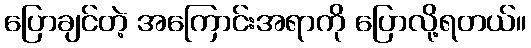
ပြောချင်တဲ့ အကြောင်းအရာကို ပြောလို့ရတယ်။